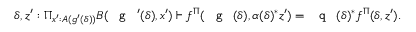
\delta , z ^ { \prime } : \Pi _ { x ^ { \prime } : A ( g ^ { \prime } ( \delta ) ) } B ( \textnormal { \texttt { g } } ^ { \prime } ( \delta ) , x ^ { \prime } ) \vdash f ^ { \Pi } ( \textnormal { \texttt { g } } ( \delta ) , \alpha ( \delta ) ^ { * } z ^ { \prime } ) = \textnormal { \texttt { q } } ( \delta ) ^ { * } f ^ { \Pi } ( \delta , z ^ { \prime } ) .